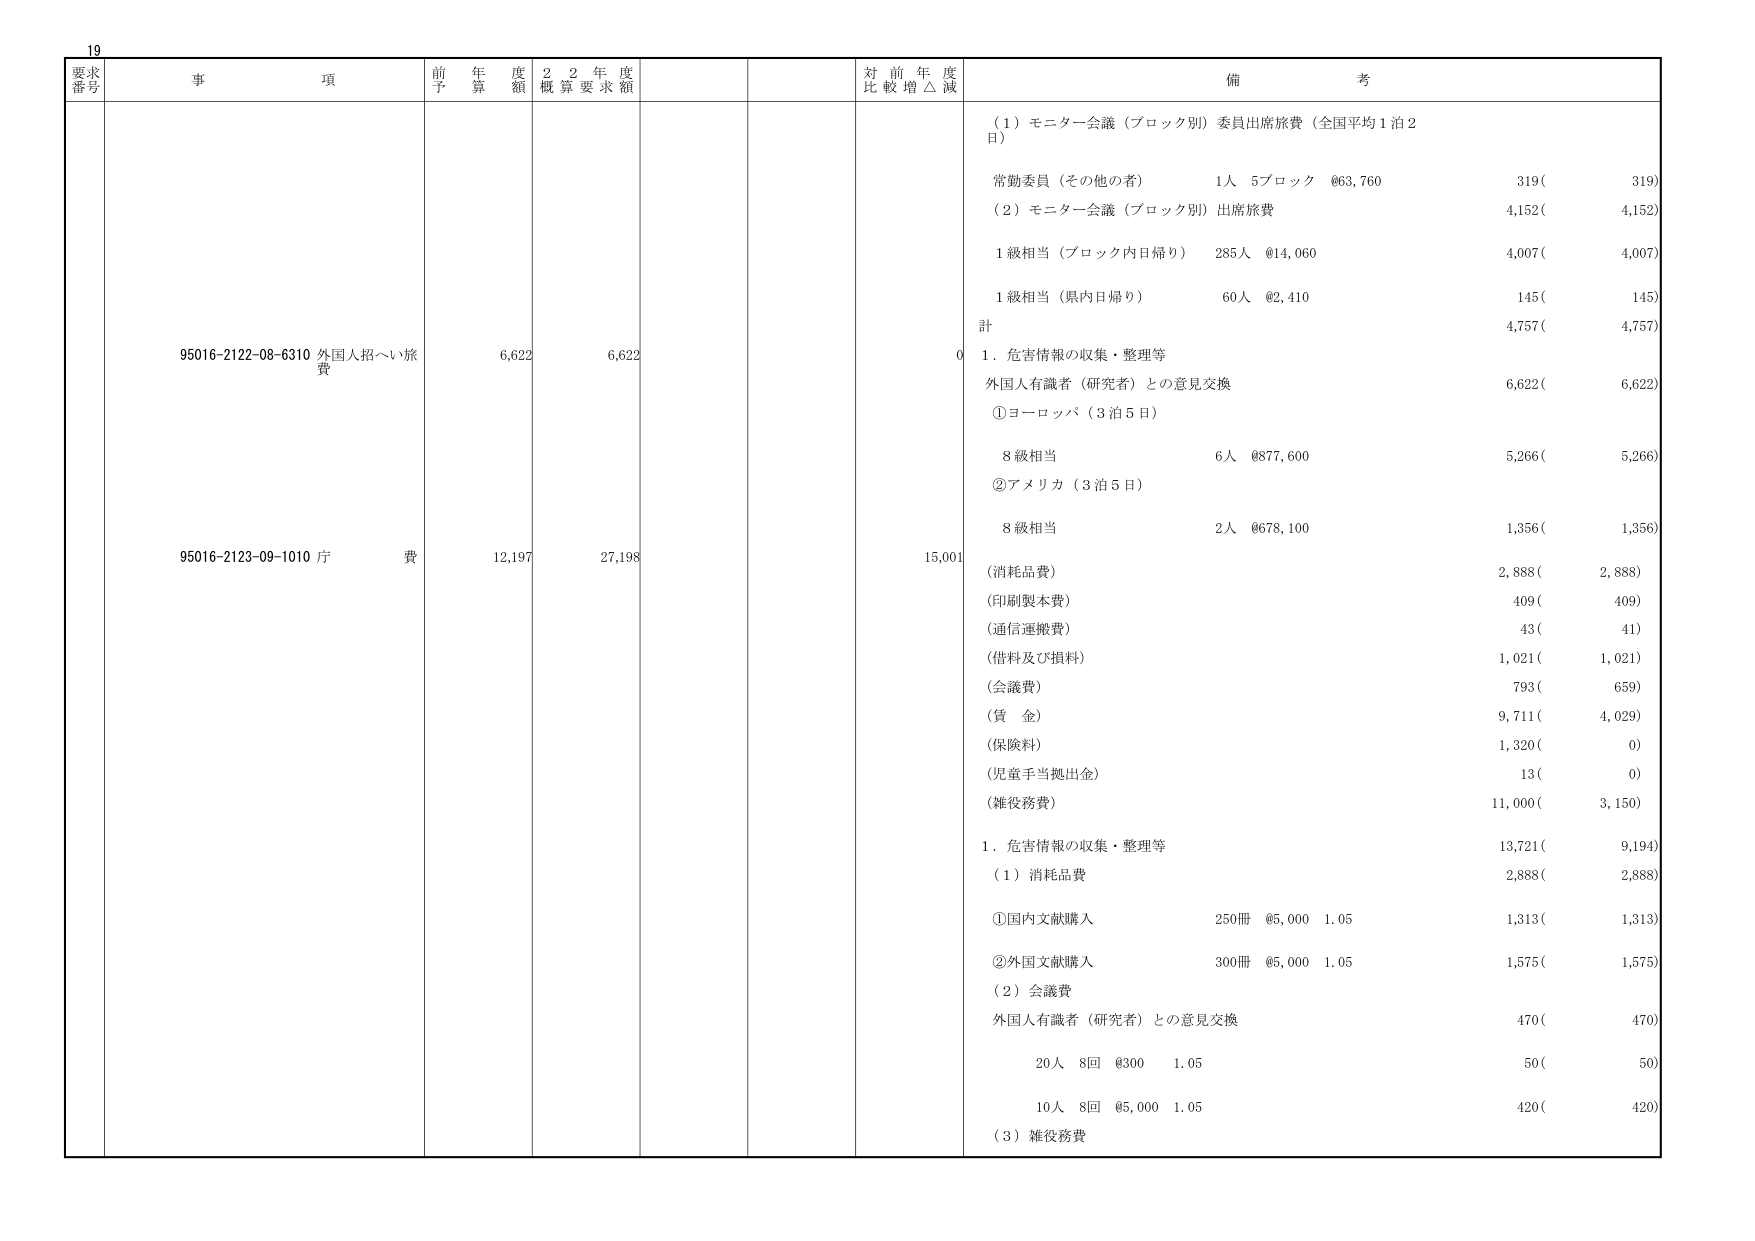
19
要求番号
事項
前年度予算額
2年度概算要求額
対前年度比較増△減
備考
95016-2122-08-6310 外国人招へい旅費
6,622
6,622
0
（1）モニター会議（ブロック別）委員出席旅費（全国平均1泊2日）
常勤委員（その他の者） 1人 5ブロック @63,760 319( 319)
（2）モニター会議（ブロック別）出席旅費
1級相当（ブロック内日帰り） 285人 @14,060 4,007( 4,007)
1級相当（県内日帰り） 60人 @2,410 145( 145)
計 4,757( 4,757)
1．危害情報の収集・整理等
外国人有識者（研究者）との意見交換
①ヨーロッパ（3泊5日）
8級相当 6人 @877,600 5,266( 5,266)
②アメリカ（3泊5日）
8級相当 2人 @678,100 1,356( 1,356)
95016-2123-09-1010 庁費
12,197
27,198
15,001
（消耗品費） 2,888( 2,888)
（印刷製本費） 409( 409)
（通信運搬費） 43( 41)
（借料及び損料） 1,021( 1,021)
（会議費） 793( 659)
（賃金） 9,711( 4,029)
（保険料） 1,320( 0)
（児童手当拠出金） 13( 0)
（雑役務費） 11,000( 3,150)
1．危害情報の収集・整理等
13,721( 9,194)
（1）消耗品費 2,888( 2,888)
①国内文献購入 250冊 @5,000 1.05 1,313( 1,313)
②外国文献購入 300冊 @5,000 1.05 1,575( 1,575)
（2）会議費
外国人有識者（研究者）との意見交換 470( 470)
20人 8回 @300 1.05 50( 50)
10人 8回 @5,000 1.05 420( 420)
（3）雑役務費